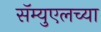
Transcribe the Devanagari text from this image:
सॅम्युएलच्या